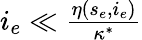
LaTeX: \begin{array}{r}{i_{e}\ll\frac{\eta(s_{e},i_{e})}{\kappa^{*}}}\end{array}